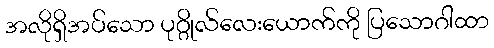
အလိုရှိအပ်သော ပုဂ္ဂိုလ်လေးယောက်ကို ပြသောဂါထာ